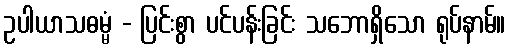
ဥပါယာသဓမ္မံ - ပြင်းစွာ ပင်ပန်းခြင်း သဘောရှိသော ရုပ်နာမ်။